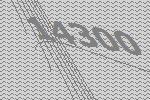
14300